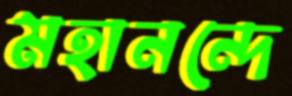
মহানন্দে